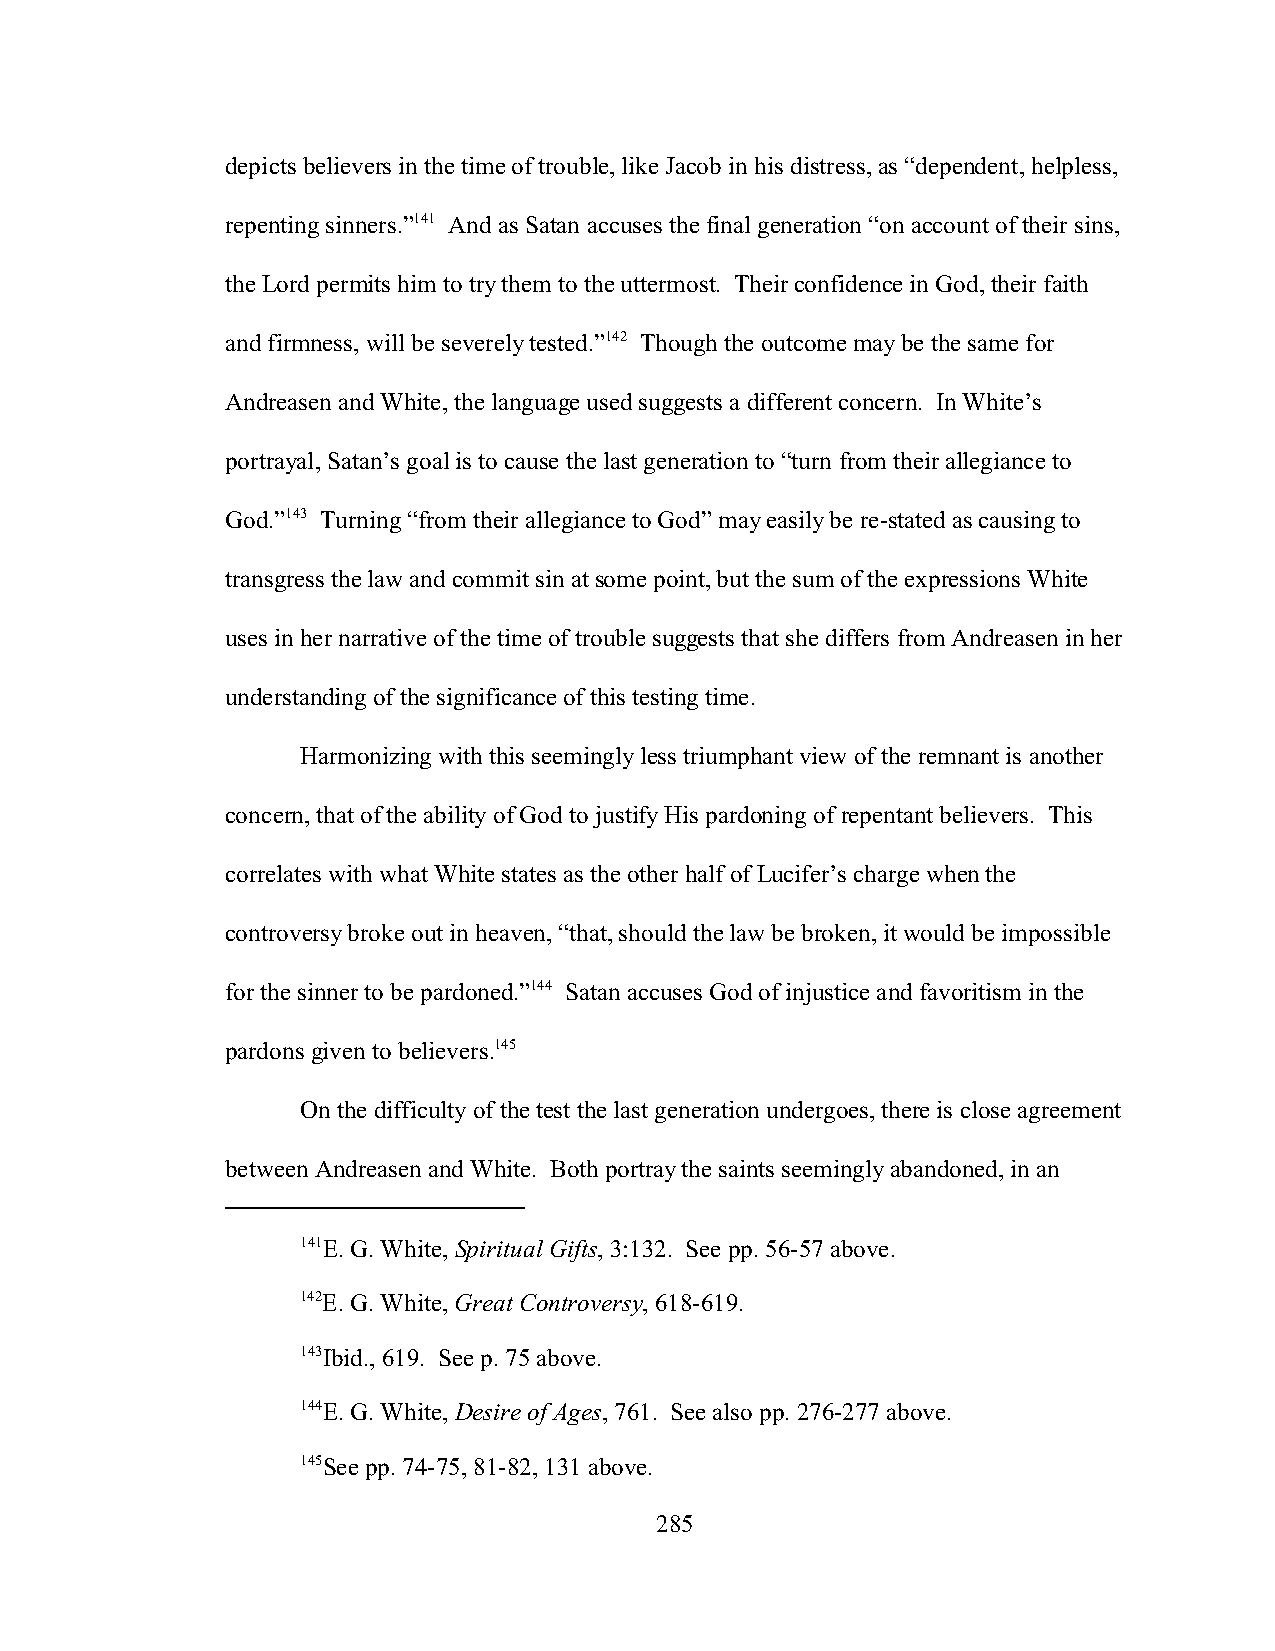
depicts believers in the time of trouble, like Jacob in his distress, as “dependent, helpless,
 repenting sinners.”141 And as Satan accuses the final generation “on account of their sins,
 the Lord permits him to try them to the uttermost. Their confidence in God, their faith
 and firmness, will be severely tested.”142 Though the outcome may be the same for
 Andreasen and White, the language used suggests a different concern. In White’s
 portrayal, Satan’s goal is to cause the last generation to “turn from their allegiance to
 God.”143 Turning “from their allegiance to God” may easily be re-stated as causing to
 transgress the law and commit sin at some point, but the sum of the expressions White
 uses in her narrative of the time of trouble suggests that she differs from Andreasen in her
 understanding of the significance of this testing time.
 Harmonizing with this seemingly less triumphant view of the remnant is another
 concern, that of the ability of God to justify His pardoning of repentant believers. This
 correlates with what White states as the other half of Lucifer’s charge when the
 controversy broke out in heaven, “that, should the law be broken, it would be impossible
 for the sinner to be pardoned.”144 Satan accuses God of injustice and favoritism in the
 pardons given to believers.145
 On the difficulty of the test the last generation undergoes, there is close agreement
 between Andreasen and White. Both portray the saints seemingly abandoned, in an
 141E. G. White, Spiritual Gifts, 3:132. See pp. 56-57 above.
 142E. G. White, Great Controversy, 618-619.
 143Ibid., 619. See p. 75 above.
 144E. G. White, Desire of Ages, 761. See also pp. 276-277 above.
 145See pp. 74-75, 81-82, 131 above.
 285